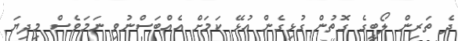
ދެ ތަރިން ލޯބީގެ ގޮތުން ގުޅިގެން އުޅޭ ކަމަށް އެއްބަސްނުވި ނަމަވެސް މިދިޔަ